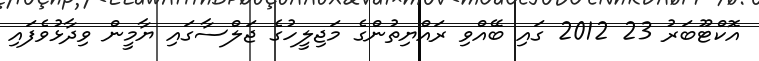
އޮކްޓޫބަރު 23 2012 ގައި ބޭއްވި ރައްޔިތުންގެ މަޖިލީހުގެ ޖަލްސާގައި ޔާމީން ވިދާޅުވެފައި